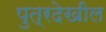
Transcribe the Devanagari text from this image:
पुत्रदेखील